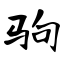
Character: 驹